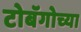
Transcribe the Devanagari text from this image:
टोबॅगोच्या